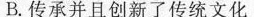
B.传承并且创新了传统文化